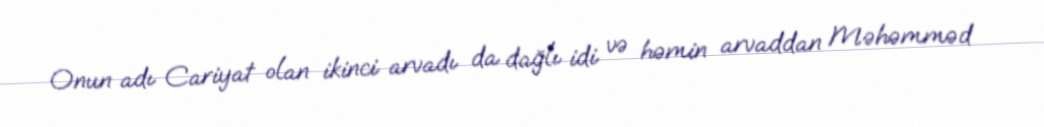
Onun adı Cariyat olan ikinci arvadı da dağlı idi və həmin arvaddan Məhəmməd